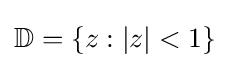
\mathbb {D} =\{z:|z|<1\}